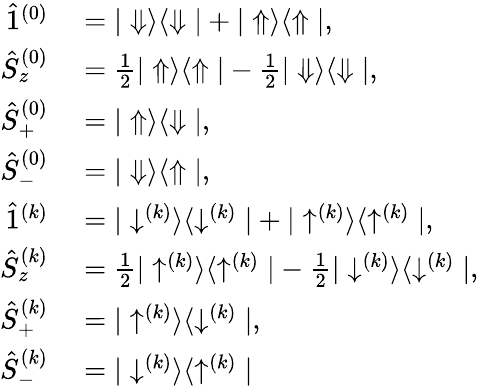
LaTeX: \begin{array}{rl}{\hat{1}^{(0)}}&{{}=|\Downarrow\rangle\langle\Downarrow|+|\Uparrow\rangle\langle\Uparrow|,}\\ {\hat{S}_{z}^{(0)}}&{{}=\frac{1}{2}|\Uparrow\rangle\langle\Uparrow|-\frac{1}{2}|\Downarrow\rangle\langle\Downarrow|,}\\ {\hat{S}_{+}^{(0)}}&{{}=|\Uparrow\rangle\langle\Downarrow|,}\\ {\hat{S}_{-}^{(0)}}&{{}=|\Downarrow\rangle\langle\Uparrow|,}\\ {\hat{1}^{(k)}}&{{}=|\downarrow^{(k)}\rangle\langle\downarrow^{(k)}|+|\uparrow^{(k)}\rangle\langle\uparrow^{(k)}|,}\\ {\hat{S}_{z}^{(k)}}&{{}=\frac{1}{2}|\uparrow^{(k)}\rangle\langle\uparrow^{(k)}|-\frac{1}{2}|\downarrow^{(k)}\rangle\langle\downarrow^{(k)}|,}\\ {\hat{S}_{+}^{(k)}}&{{}=|\uparrow^{(k)}\rangle\langle\downarrow^{(k)}|,}\\ {\hat{S}_{-}^{(k)}}&{{}=|\downarrow^{(k)}\rangle\langle\uparrow^{(k)}|}\end{array}